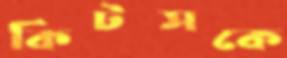
কিটসকে